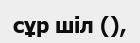
сұр шіл (),